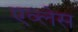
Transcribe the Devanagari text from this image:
एव्लेस